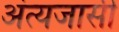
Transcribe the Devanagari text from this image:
अंत्यजासी